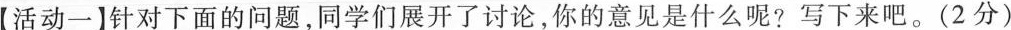
【活动一】针对下面的问题，同学们展开了讨论，你的意见是什么呢?写下来吧。(2分)